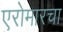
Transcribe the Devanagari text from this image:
एरोमारचा